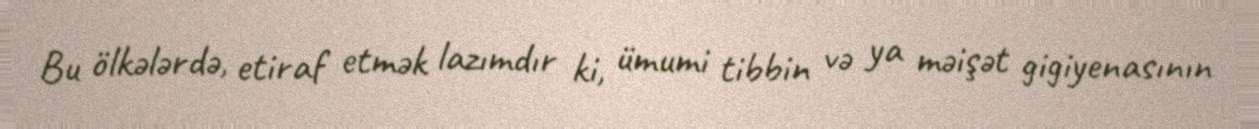
Bu ölkələrdə, etiraf etmək lazımdır ki, ümumi tibbin və ya məişət gigiyenasının